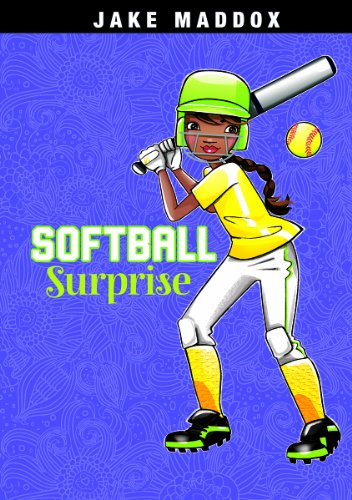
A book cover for Softball Surprise (Jake Maddox Girl Sports Stories); Jake Maddox; Children's Books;